Vaccination in Bombay 1863-1868 - 1863-1868
Year: 1863
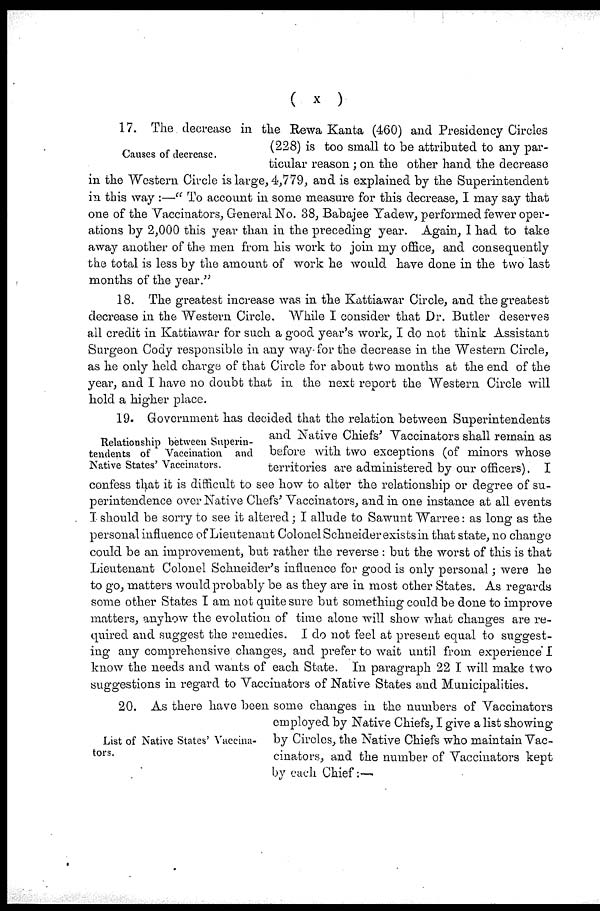
( x )
Causes of decrease.
17. The decrease in the Rewa Kanta (460) and Presidency Circles
(228) is too small to be attributed to any par-
ticular reason; on the other hand the decrease
in the Western Circle is large, 4,779, and is explained by the Superintendent
in this way :—" To account in some measure for this decrease, I may say that
one of the Vaccinators, General No. 38, Babajee Yadew, performed fewer oper-
ations by 2,000 this year than in the preceding year. Again, I had to take
away another of the men from his work to join my office, and consequently
the total is less by the amount of work he would have done in the two last
months of the year."
18. The greatest increase was in the Kattiawar Circle, and the greatest
decrease in the Western Circle. While I consider that Dr. Butler deserves
all credit in Kattiawar for such a good year's work, I do not think Assistant
Surgeon Cody responsible in any way for the decrease in the Western Circle,
as he only held charge of that Circle for about two months at the end of the
year, and I have no doubt that in the next report the Western Circle will
hold a higher place.
Relationship between Superin-
tendents of Vaccination and
Native States' Vaccinators.
19. Government has decided that the relation between Superintendents
and Native Chiefs' Vaccinators shall remain as
before with two exceptions (of minors whose
territories are administered by our officers). I
confess that it is difficult to see how to alter the relationship or degree of su-
perintendence over Native Chefs' Vaccinators, and in one instance at all events
I should be sorry to see it altered; I allude to Sawunt Warree: as long as the
personal influence of Lieutenant Colonel Schneider exists in that state, no change
could be an improvement, but rather the reverse : but the worst of this is that
Lieutenant Colonel Schneider's influence for good is only personal; were he
to go, matters would probably be as they are in most other States. As regards
some other States I am not quite sure but something could be done to improve
matters, anyhow the evolution of time alone will show what changes are re-
quired and suggest the remedies. I do not feel at present equal to suggest-
ing any comprehensive changes, and prefer to wait until from experience I
know the needs and wants of each State. In paragraph 22 I will make two
suggestions in regard to Vaccinators of Native States and Municipalities.
List of Native States' Vaccina-
tors.
20. As there have been some changes in the numbers of Vaccinators
employed by Native Chiefs, I give a list showing
by Circles, the Native Chiefs who maintain Vac-
cinators, and the number of Vaccinators kept
by each Chief:—